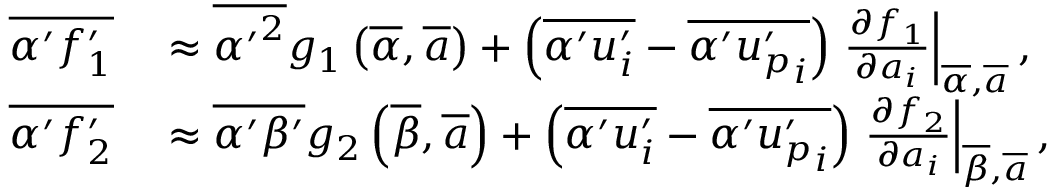
\begin{array} { r l } { \overline { { \alpha ^ { \prime } f _ { 1 } ^ { \prime } } } } & { { } \approx \overline { { { \alpha ^ { \prime } } ^ { 2 } } } g _ { 1 } \left( \overline { { \alpha } } , \overline { { \boldsymbol a } } \right) + \left( \overline { { \alpha ^ { \prime } u _ { i } ^ { \prime } } } - \overline { { \alpha ^ { \prime } { u _ { p } ^ { \prime } } _ { i } } } \right) \left. \frac { \partial f _ { 1 } } { \partial { a } _ { i } } \right| _ { \overline { { \alpha } } , \overline { { \boldsymbol { a } } } } , } \\ { \overline { { \alpha ^ { \prime } f _ { 2 } ^ { \prime } } } } & { { } \approx \overline { { \alpha ^ { \prime } \beta ^ { \prime } } } g _ { 2 } \left( \overline { { \beta } } , \overline { { \boldsymbol a } } \right) + \left( \overline { { \alpha ^ { \prime } u _ { i } ^ { \prime } } } - \overline { { \alpha ^ { \prime } { { u _ { p } ^ { \prime } } _ { i } } } } \right) \left. \frac { \partial f _ { 2 } } { \partial { a _ { i } } } \right| _ { \overline { { \beta } } , \overline { { \boldsymbol { a } } } } , } \end{array}